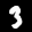
Label: 3